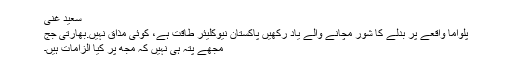
سعید غنی
پلواما واقعے پر بدلے کا شور مچانے والے یاد رکھیں پاکستان نیوکلیئر طاقت ہے، کوئی مذاق نہیں.بھارتی جج
مجھے پتہ ہی نہیں کہ مجھ پر کیا الزامات ہیں۔